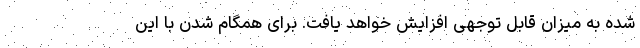
شده به میزان قابل توجهی افزایش خواهد یافت. برای همگام شدن با این